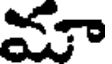
మూ